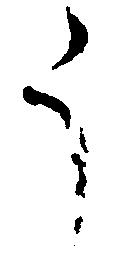
う